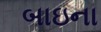
બાઇના